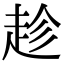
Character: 趁